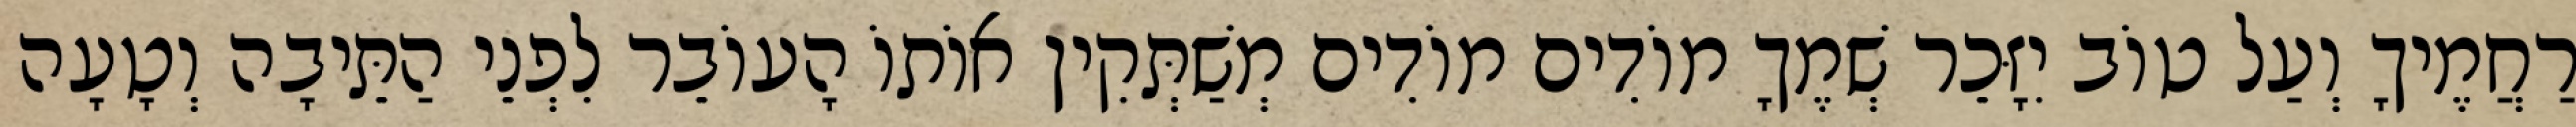
רַחֲמֶיךָ וְעַל טוֹב יִזָּכֵר שְׁמֶךָ מוֹדִים מוֹדִים מְשַׁתְּקִין אוֹתוֹ הָעוֹבֵר לִפְנֵי הַתֵּיבָה וְטָעָה